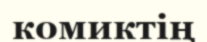
комиктің